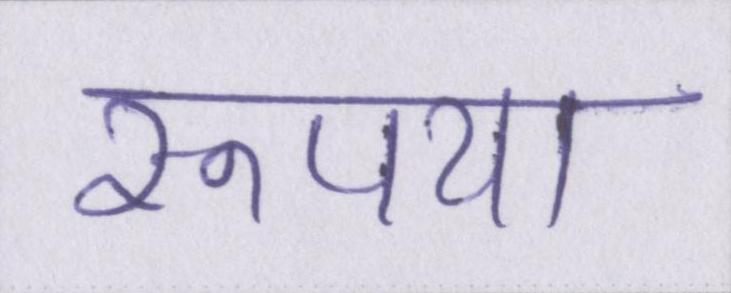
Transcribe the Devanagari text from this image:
रूपया